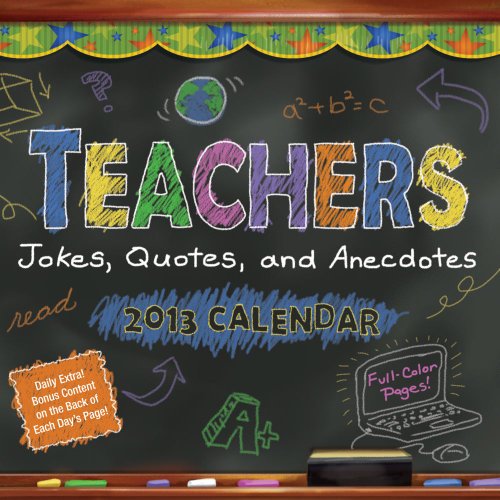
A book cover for Teachers 2013 Day-to-Day Calendar: Jokes, Quotes, and Anecdotes; LLC Andrews McMeel Publishing; Calendars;